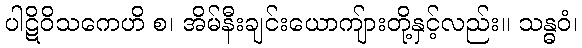
ပါဋိဝိသကေဟိ စ၊ အိမ်နီးချင်းယောကျ်ားတို့နှင့်လည်း။ သန္ဓဝံ၊